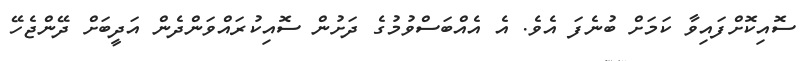
ސޮއިކޮށްފައިވާ ކަމަށް ބުނެފަ އެވެ. އެ އެއްބަސްވުމުގެ ދަށުން ސޮއިކުރައްވަންދެން އަދީބަށް ދޭންޖެހޭ